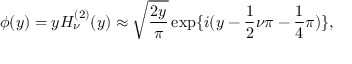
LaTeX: \phi ( y ) = y H _ { \nu } ^ { ( 2 ) } ( y ) \approx \sqrt { \frac { 2 y } { \pi } } \exp \lbrace i ( y - \frac { 1 } { 2 } \nu \pi - \frac { 1 } { 4 } \pi ) \rbrace ,